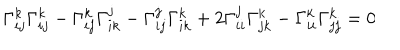
\Gamma _ { i j } ^ { k } \Gamma _ { i j } ^ { k } - \Gamma _ { i j } ^ { k } \Gamma _ { i k } ^ { j } - \Gamma _ { i j } ^ { j } \Gamma _ { i k } ^ { k } + 2 \Gamma _ { i i } ^ { j } \Gamma _ { j k } ^ { k } - \Gamma _ { i i } ^ { k } \Gamma _ { j j } ^ { k } = 0